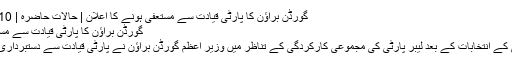
گورڈن براؤن کا پارٹی قیادت سے مستعفی ہونے کا اعلان | حالات حاضرہ | DW | 11.05.2010
گورڈن براؤن کا پارٹی قیادت سے مستعفی ہونے کا اعلان
برطانیہ میں چھ مئی کے انتخابات کے بعد لیبر پارٹی کی مجموعی کارکردگی کے تناظر میں وزیر اعظم گورڈن براؤن نے پارٹی قیادت سے دستبرداری کا اعلان کردیا ہے۔